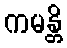
ကမန္တိ